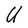
Character: U